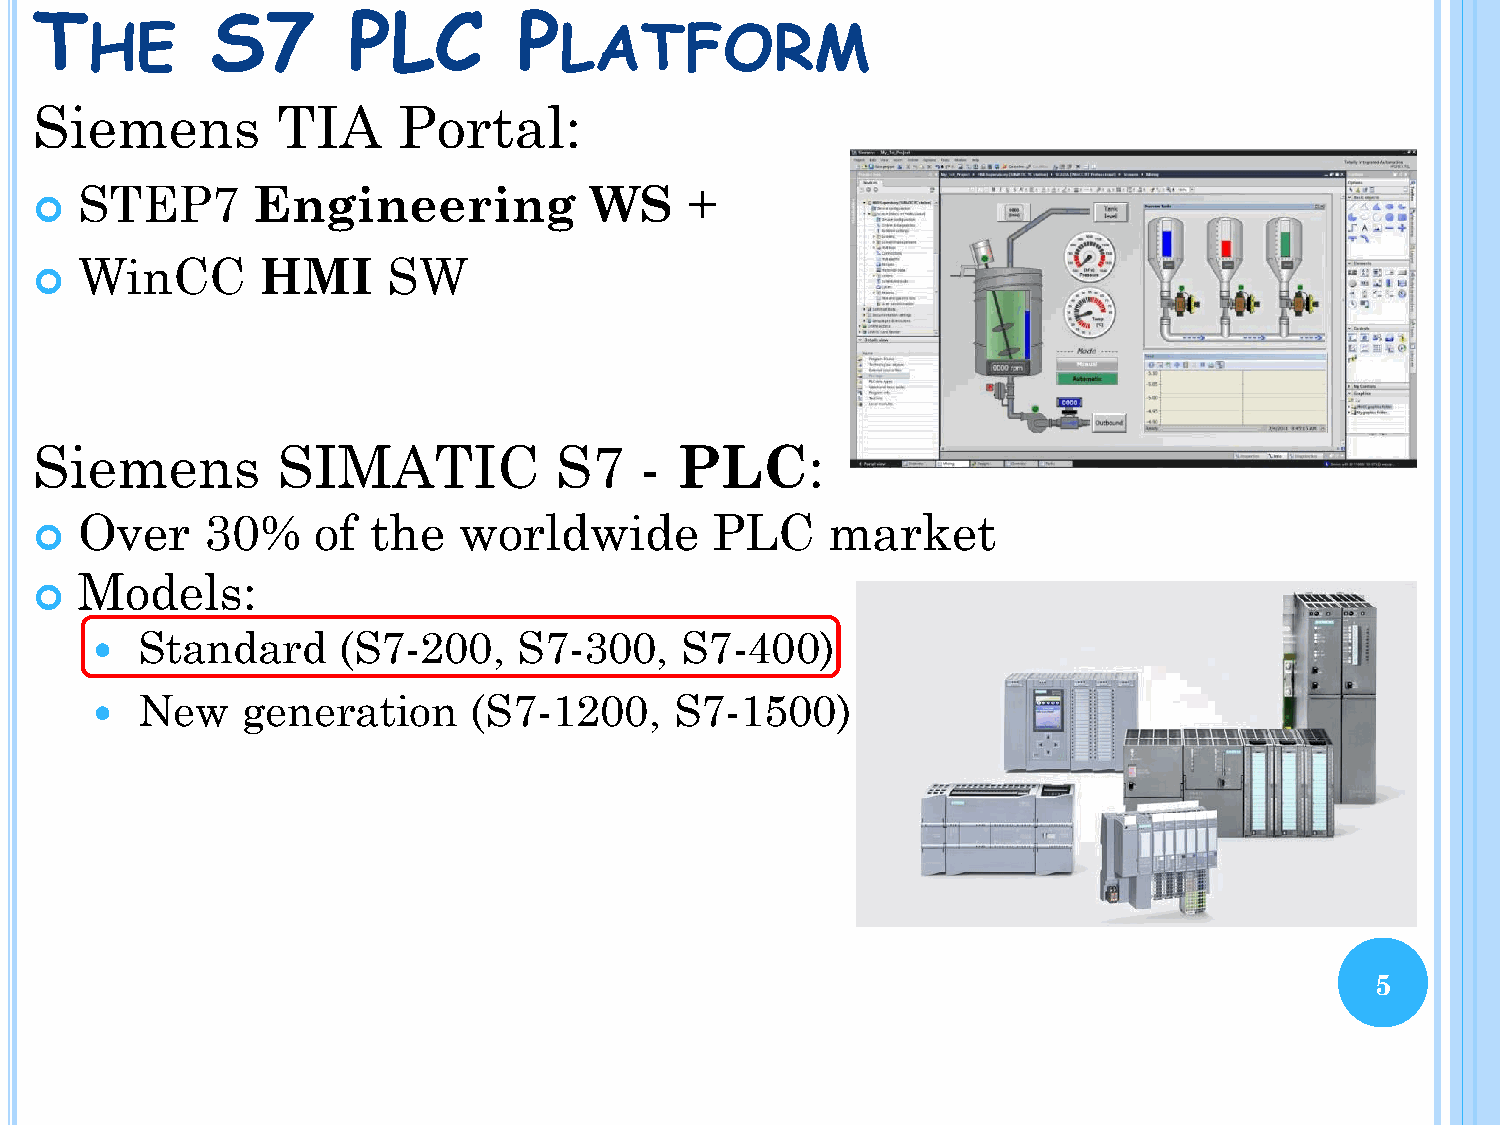
T           S7       PLC        P
 HE                             LATFORM
 Siemens         TIA     Portal:
 STEP7       Engineering           WS     +
 
 WinCC       HMI      SW
 
 Siemens         SIMATIC            S7   -  PLC:
 Over     30%    of  the  worldwide        PLC     market
 
 Models:
 
 Standard     (S7-200,    S7-300,    S7-400)
 
 New    generation     (S7-1200,     S7-1500)
 
 5